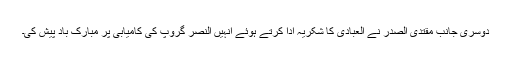
دوسری جانب مقتدی الصدر نے العبادی کا شکریہ ادا کرتے ہوئے انہیں النصر گروپ کی کامیابی پر مبارک باد پیش کی۔